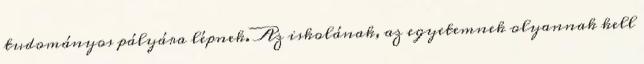
tudományos pályára lépnek. Az iskolának, az egyetemnek olyannak kell